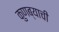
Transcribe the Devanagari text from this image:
कुणब्याची